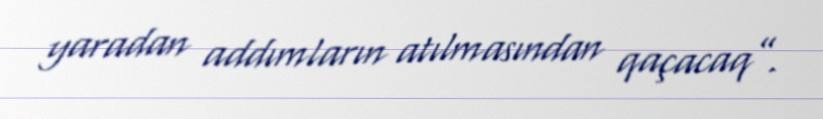
yaradan addımların atılmasından qaçacaq”.